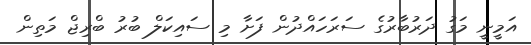
އަމީނީ މަގު ދަރުބާރުގެ ސަރަހައްދުން ފަށާ މި ސައިކަލް ބުރު ބްރިޖް މަތިން